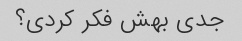
جدی بهش فکر کردی؟